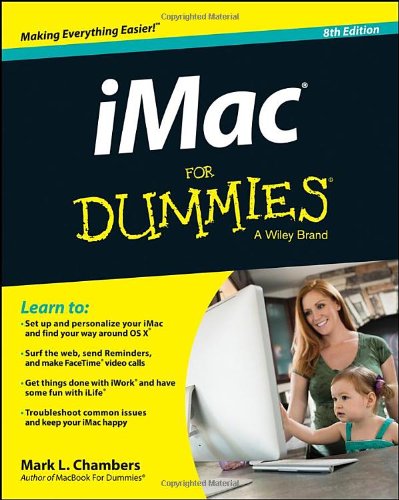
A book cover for iMac For Dummies; Mark L. Chambers; Computers & Technology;